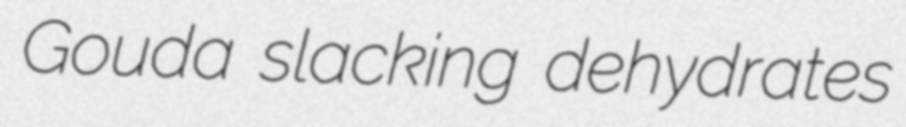
Gouda slacking dehydrates